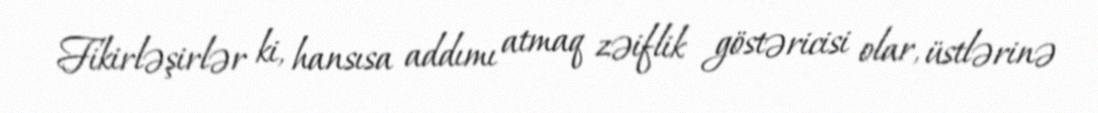
Fikirləşirlər ki, hansısa addımı atmaq zəiflik göstəricisi olar, üstlərinə